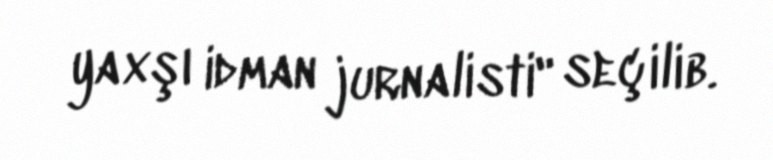
yaxşı idman jurnalisti" seçilib.